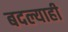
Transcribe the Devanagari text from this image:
बदल्याही